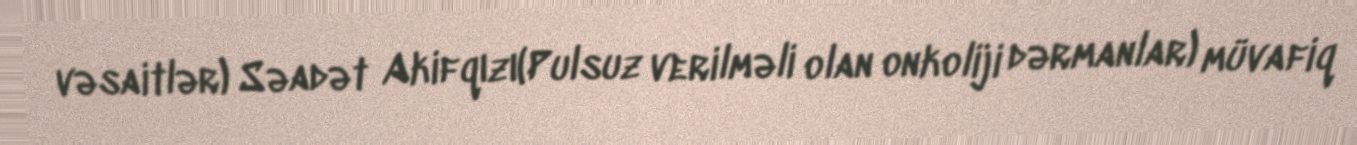
vəsaitlər) Səadət Akifqızı(Pulsuz verilməli olan onkoliji dərmanlar) müvafiq